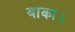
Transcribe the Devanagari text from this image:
बाका।